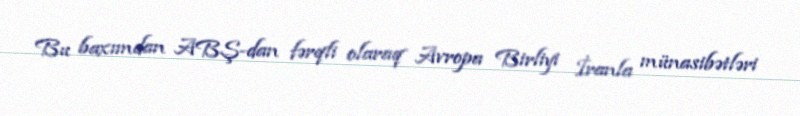
Bu baxımdan ABŞ-dan fərqli olaraq Avropa Birliyi İranla münasibətləri